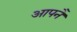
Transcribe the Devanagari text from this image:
आपनै